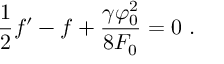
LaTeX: \frac { 1 } { 2 } f ^ { \prime } - f + \frac { \gamma \varphi _ { 0 } ^ { 2 } } { 8 F _ { 0 } } = 0 \ .